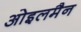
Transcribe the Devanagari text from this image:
ओइलमैन